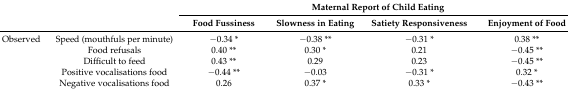
| <ROWSPAN=2>  | <ROWSPAN=2>  | <COLSPAN=4> Maternal Report of Child Eating |
 | Food Fussiness | Slowness in Eating | Satiety Responsiveness | Enjoyment of Food |
 | --- | --- | --- | --- | --- | --- |
 | Observed | Speed (mouthfuls per minute) | −0.34 * | −0.38 ** | −0.31 * | 0.38 ** |
 |  | Food refusals | 0.40 ** | 0.30 * | 0.21 | −0.45 ** |
 |  | Difficult to feed | 0.43 ** | 0.29 | 0.23 | −0.45 ** |
 |  | Positive vocalisations food | −0.44 ** | −0.03 | −0.31 * | 0.32 * |
 |  | Negative vocalisations food | 0.26 | 0.37 * | 0.33 * | −0.43 ** |